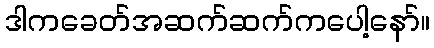
ဒါကခေတ်အဆက်ဆက်ကပေါ့နော်။